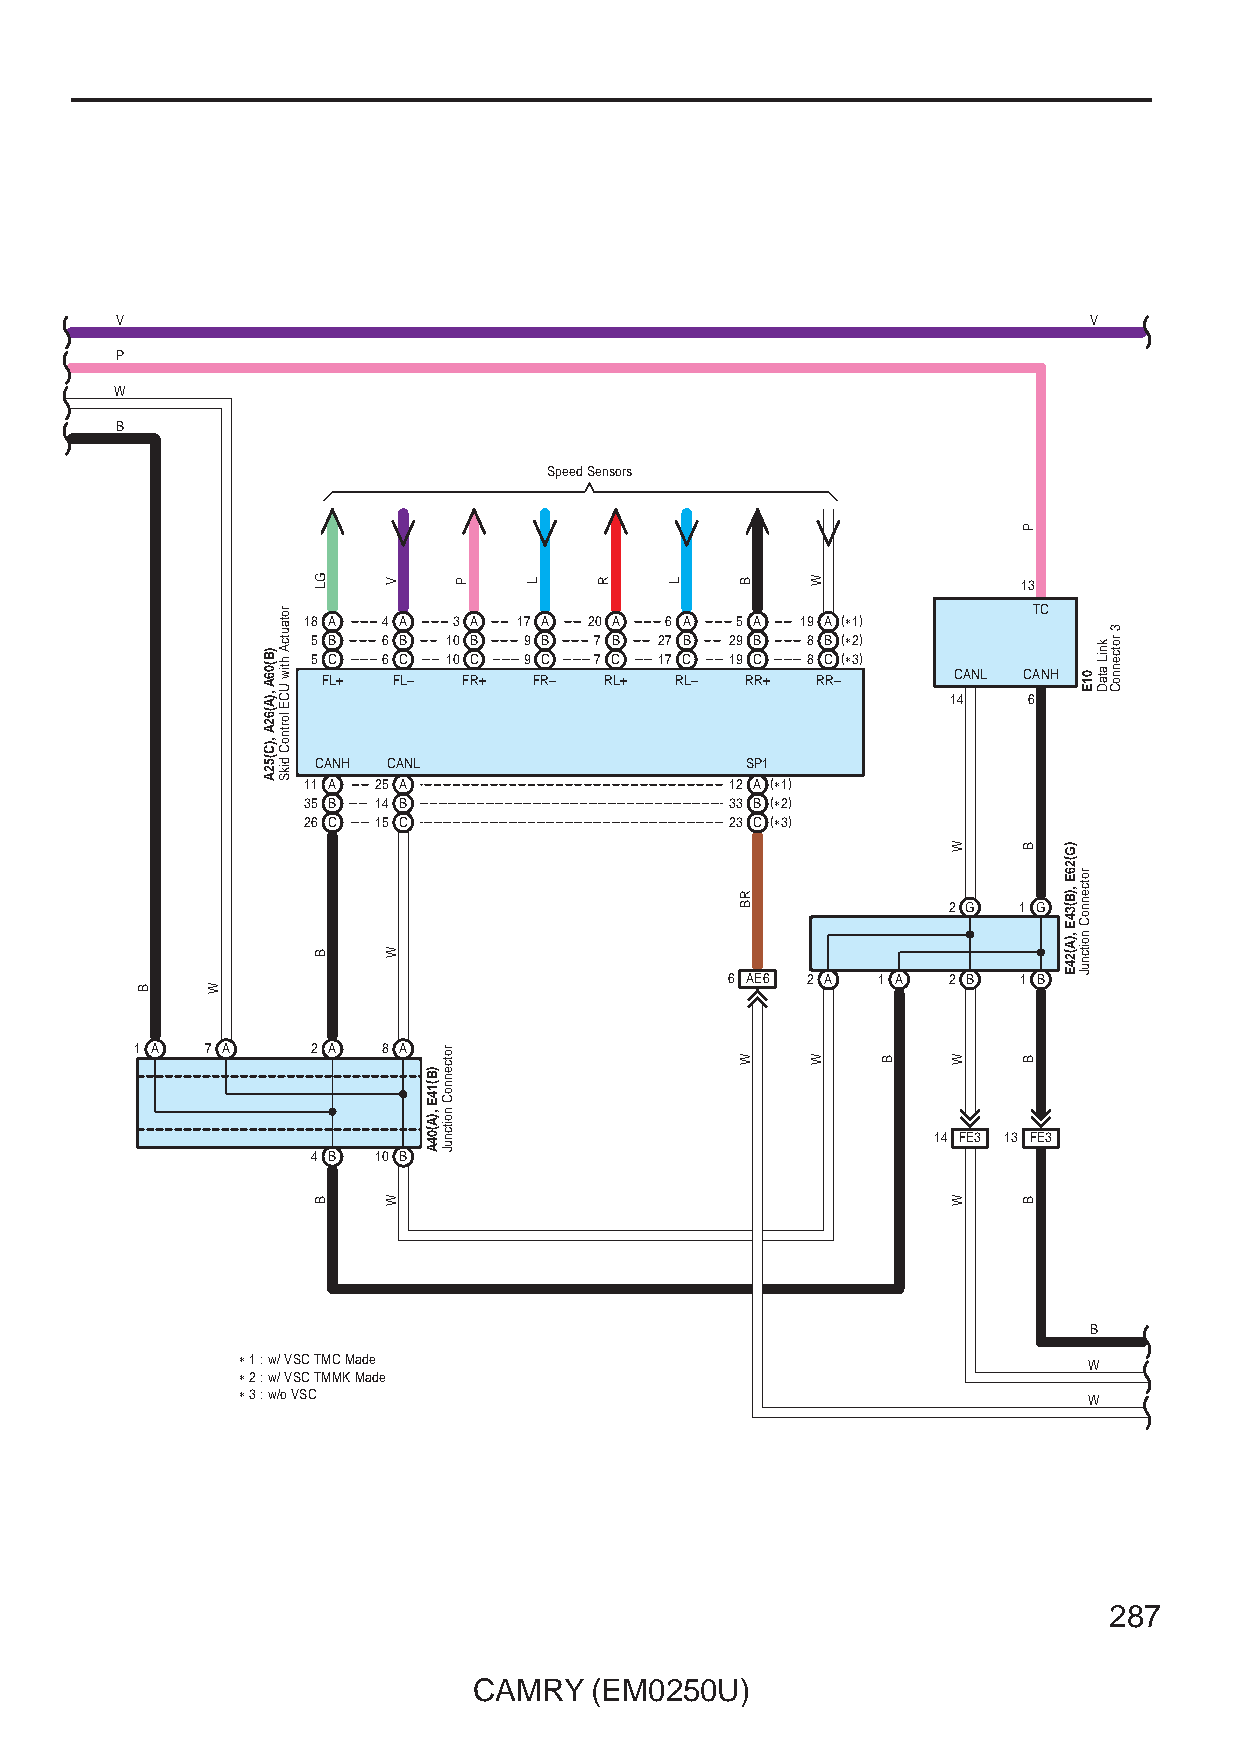
V                                                               V
 P
 W
 B
 Speed Sensors
 13
 TC 18 A 4 A 3 A 17 A 20 A 6 A 5 A 19 A (∗1)
 5 B 6 B  10 B 9 B 7 B  27 B 29 B 8 B (∗2)
 5 C 6 C  10 C 9 C 7 C  17 C 19 C 8 C (∗3)
 FL+  FL–  FR+ FR–  RL+  RL– RR+  RR–      CANL CANH
 14   6
 CANH CANL                   SP1
 11 A 25 A                   12 A (∗1)
 35 B 14 B                   33 B (∗2)
 26 C 15 C                   23 C (∗3)
 2 G 1 G
 6 AE6 2 A 1 A  2 B 1 B
 1 A  7 A    2 A 8 A
 14 FE3 13 FE3
 4 B 10 B
 B
 ∗ 1 : w/ VSC TMC Made                                   W
 ∗ 2 : w/ VSC TMMK Made
 ∗ 3 : w/o VSC                                           W
 287
 CAMRY   (EM0250U)
 B    W
 )B(06A
 ,)A(62A
 ,)C(52A
 rotautcA
 htiw
 UCE
 lortnoC
 dikS
 GL
 B
 B
 V
 W
 W
 )B(14E
 ,)A(04A
 rotcennoC
 noitcnuJ
 P    L    R   L    B
 RB
 W
 W
 W   B
 W
 W
 W
 P
 B
 B
 B
 )G(26E
 ,)B(34E
 ,)A(24E
 01E
 rotcennoC
 noitcnuJ
 kniL
 ataD
 3
 rotcennoC